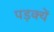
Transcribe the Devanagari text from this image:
पड़क्यें